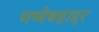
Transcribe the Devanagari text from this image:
चष्मेबहाद्दर